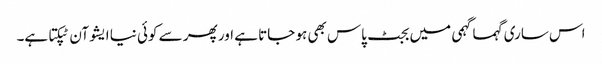
اس ساری گہما گہمی میں بجٹ پاس بھی ہو جاتا ہے اور پھر سے کوئی نیا ایشو آن ٹپکتا ہے۔